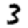
Digit: 3